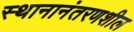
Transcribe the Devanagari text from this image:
स्थानानंतरणशील